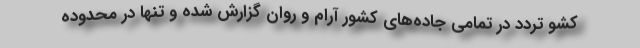
کشو تردد در تمامی جاده‌های کشور آرام و روان گزارش شده و تنها در محدوده